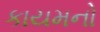
કાયમનો